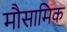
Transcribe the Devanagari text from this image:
मौसामिक